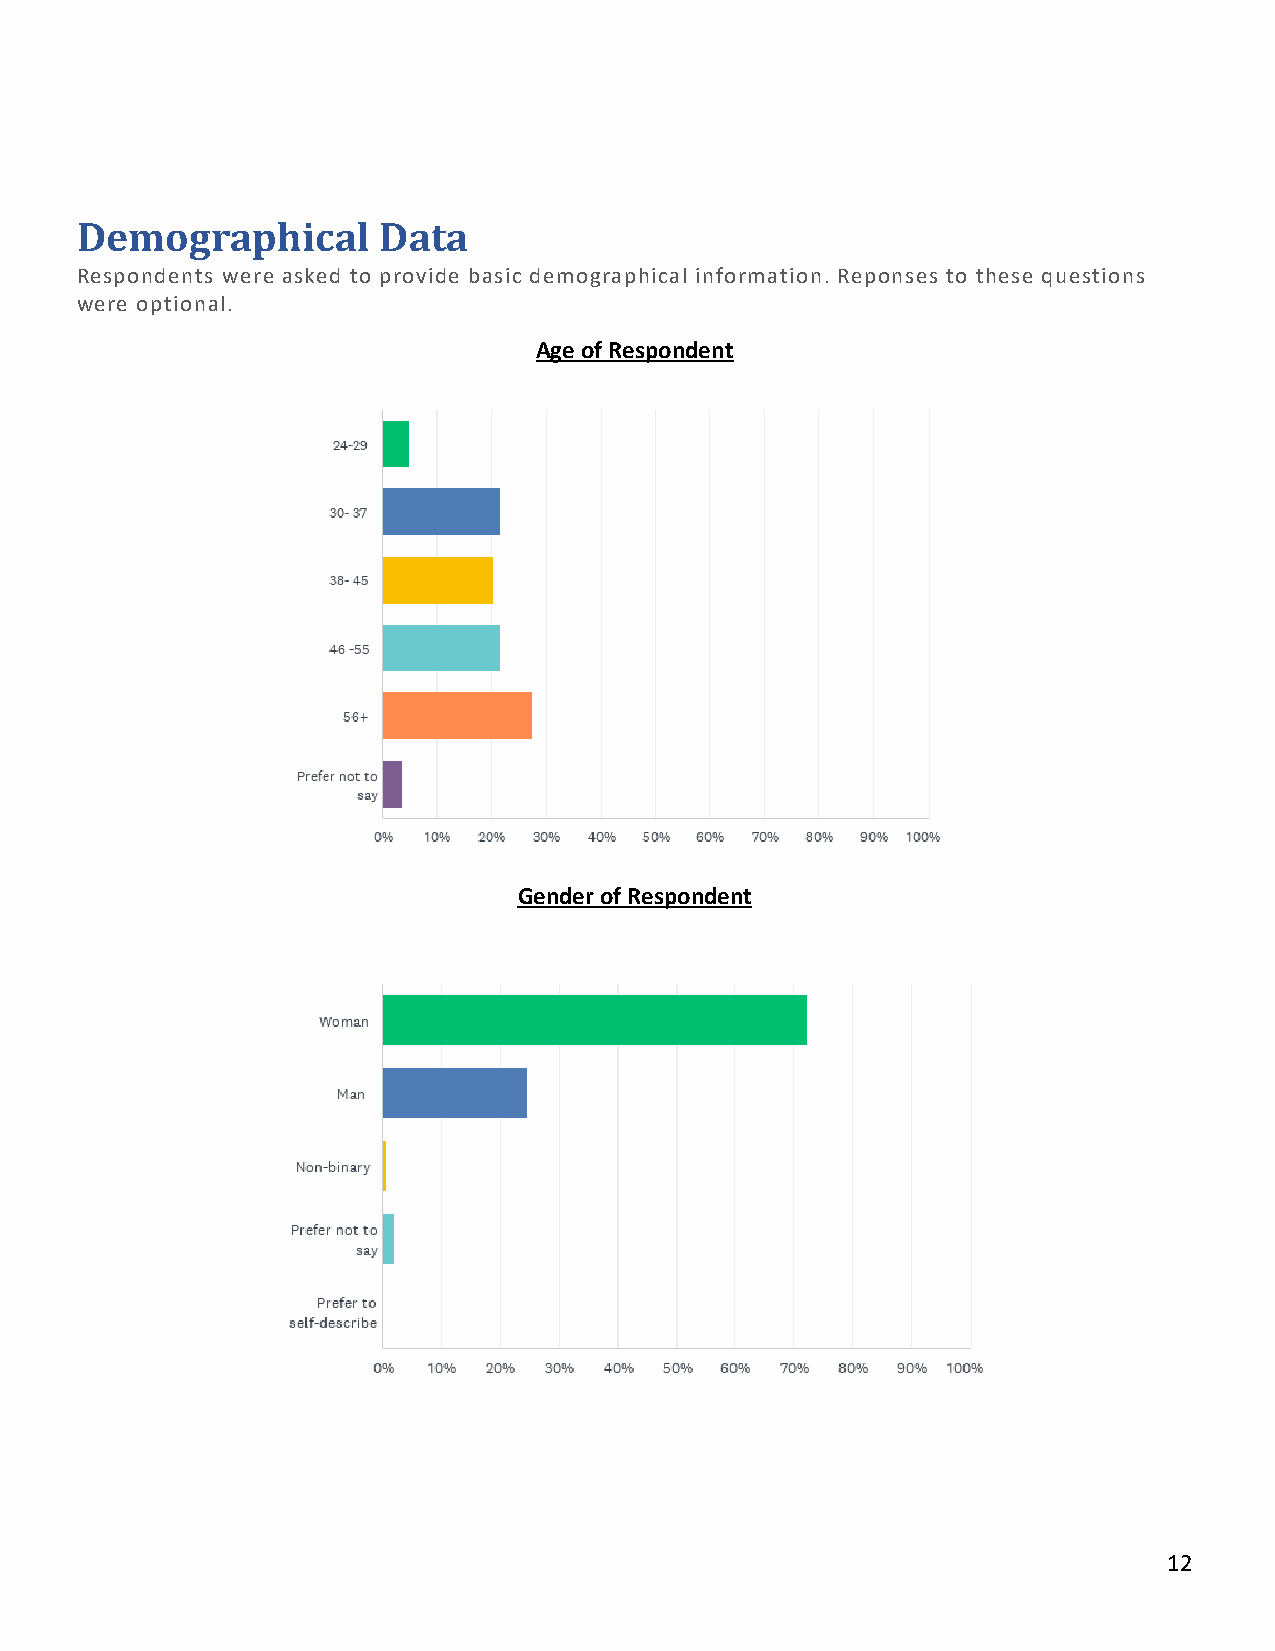
Demographical       Data
 Respondents were asked to provide basic demographical information. Reponses to these questions
 were optional.
 Age of Respondent
 Gender of Respondent
 12